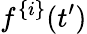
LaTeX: f^{\{ i\} }(t^{\prime})